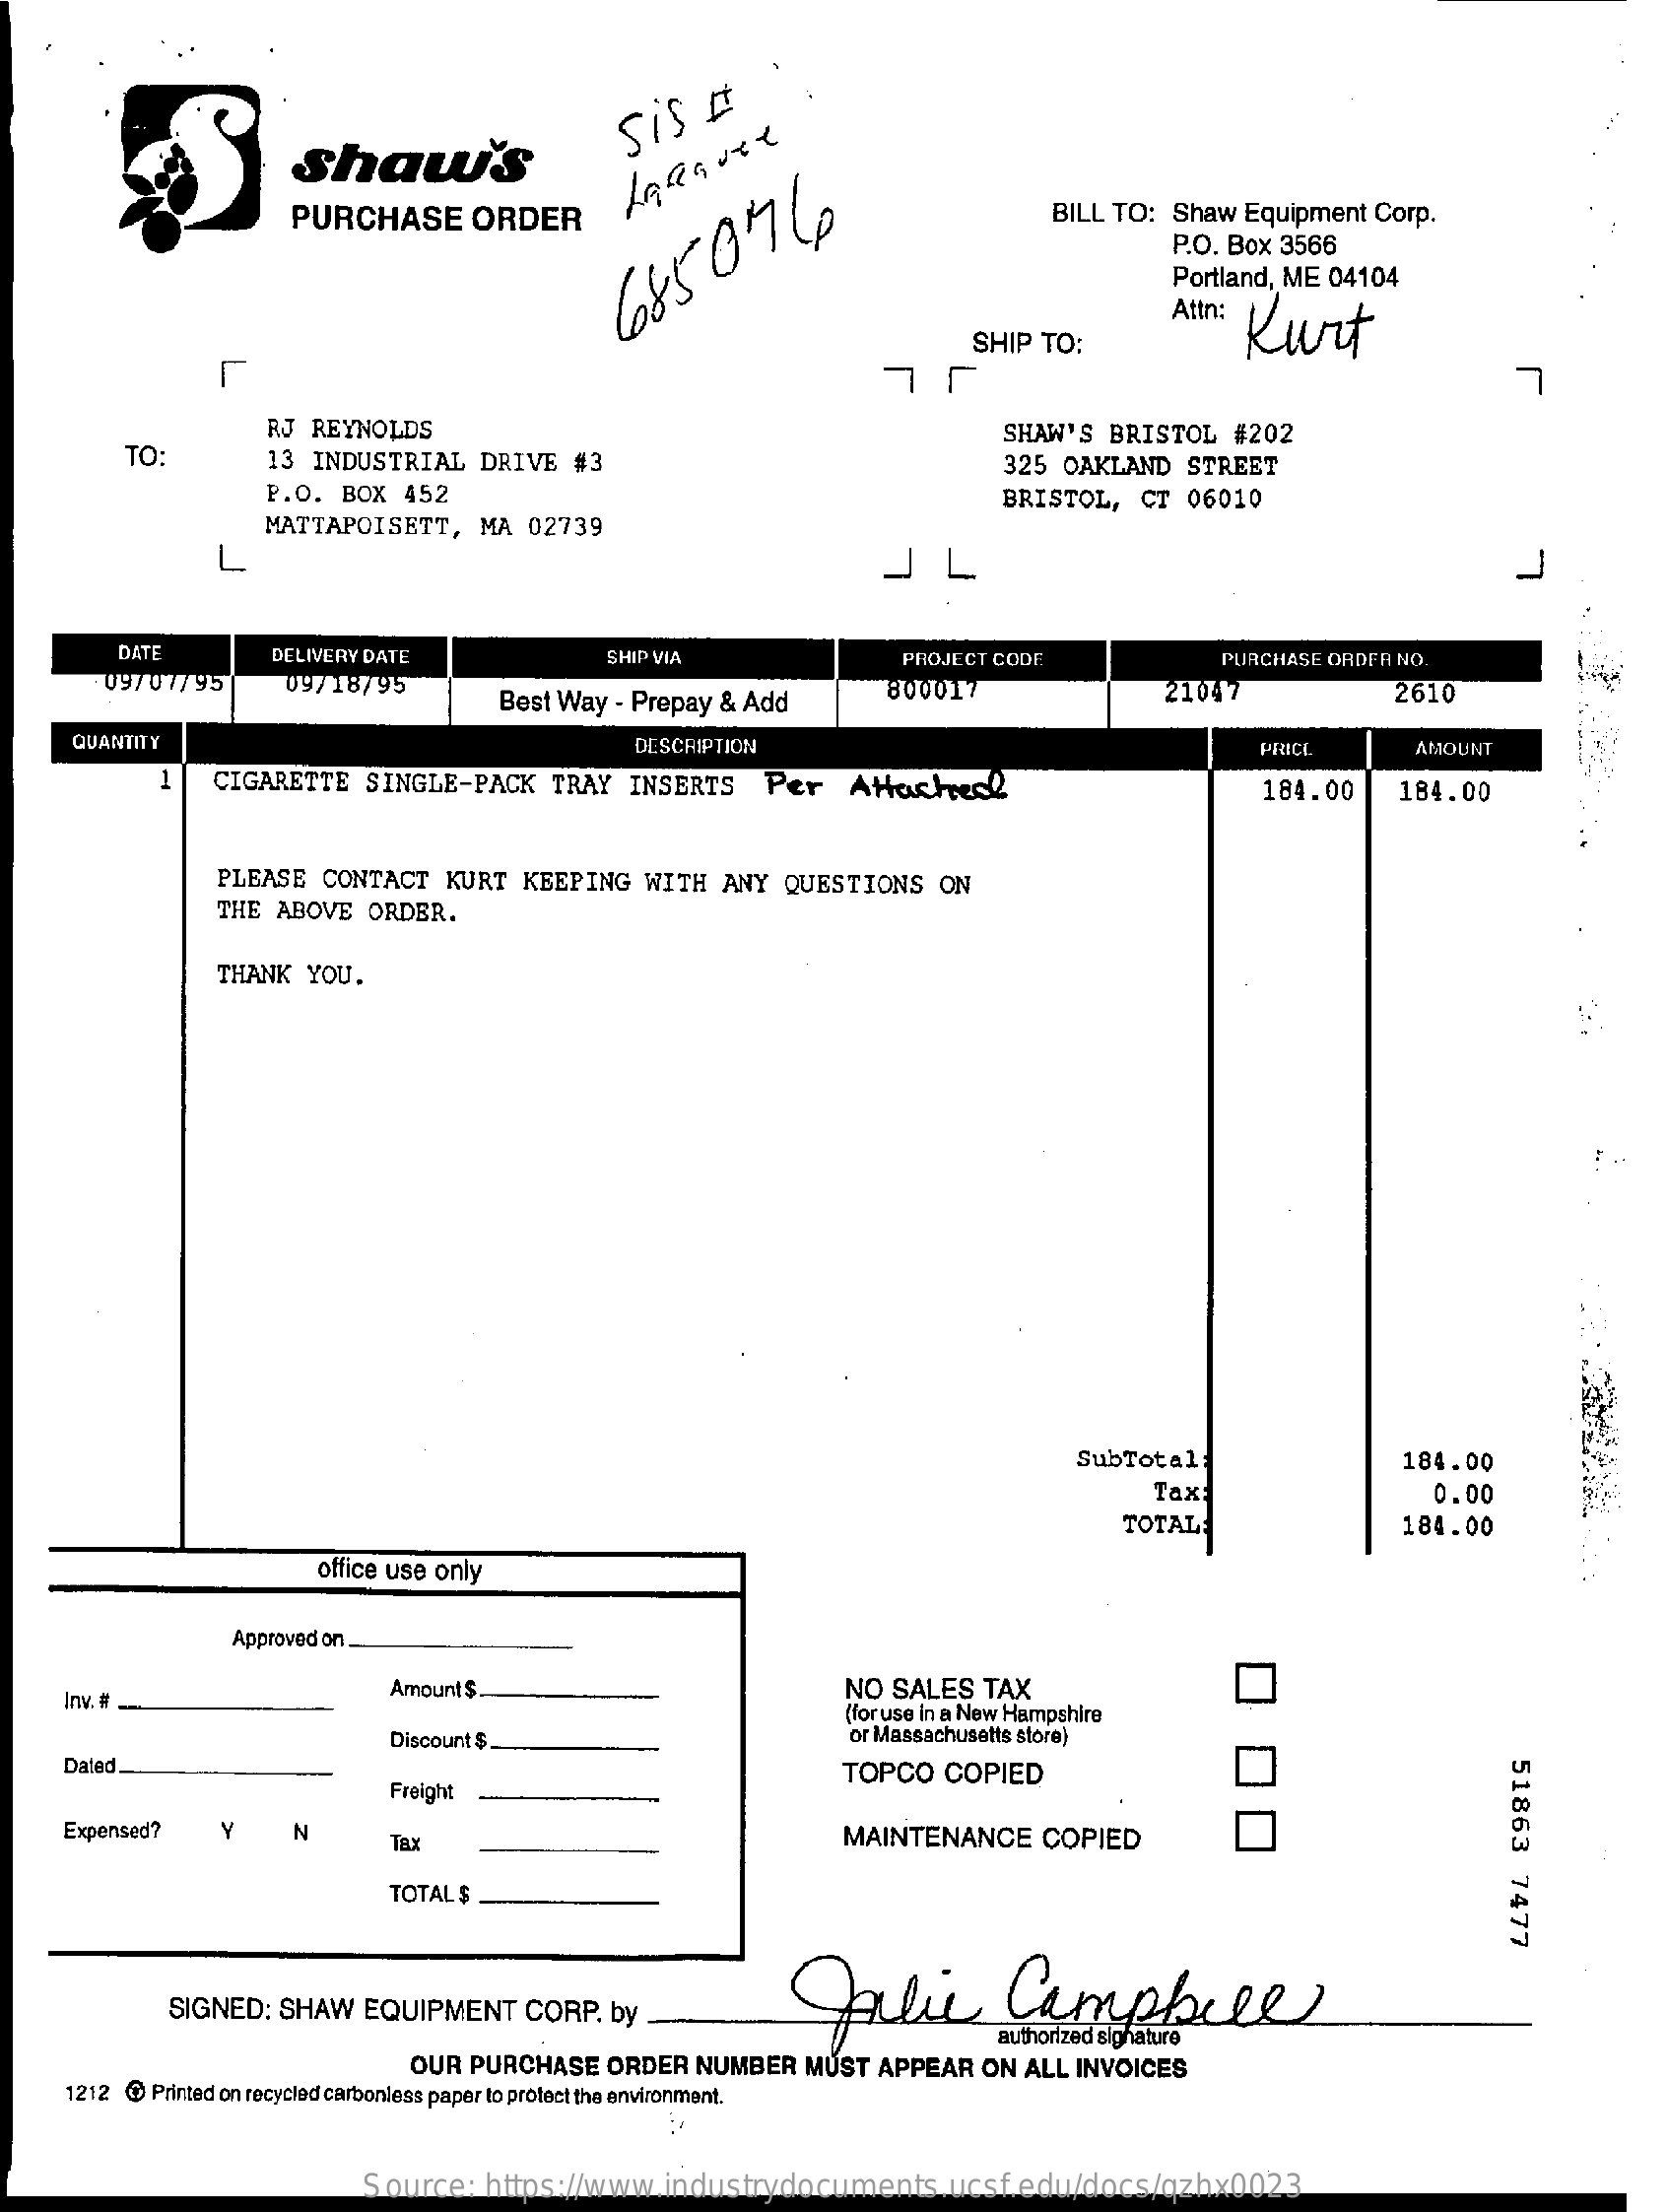
Shaus
     Sis    #
     PURCHASE    ORDER    BILL  TO:  Shaw   Equipment   Corp.
     P.O. Box  3566
     65507
     4
     Portland, ME  04104
     Attn: Kurt
     SHIP  TO:
     RJ REYNOLDS    SHAW'S  BRISTOL    #202
     TO:    13  INDUSTRIAL    DRIVE    #3    325  OAKLAND    STREET
     P.O.  BOX   452    BRISTOL,    CT  06010
     MATTAPOISETT,    MA  02739
     L    JL
     DATE    DELIVERY DATE    SHIP VIA    PROJECT CODE    PURCHASE  ORDER NO.
     09707795    09/18/95
     Best Way  - Prepay  & Add    800017    21047    2610
     QUANTITY    DESCRIPTION    PEUCL    AMOUNT
     1    CIGARETTE    SINGLE-PACK    TRAY   INSERTS    Per    Attachede    184.00    184.00
     PLEASE   CONTACT    KURT   KEEPING    WITH   ANY   QUESTIONS    ON
     THE  ABOVE    ORDER.
     THANK   YOU.
     SubTotal:    184.00
     Tax:    0.00
     TOTALE    184.00
     office use only
     Approved on
     Inv. #
     Amount $    NO   SALES   TAX
     (for use in a New Hampshire
     Discount $    or Massachusetts store)
     51863
     7477
     Dated.
     Freight
     TOPCO    COPIED
     Expensed?    Y    N
     Tax    MAINTENANCE    COPIED
     TOTAL $
     Ali    Campbell SIGNED: SHAW EQUIPMENT CORP. by
     OUR  PURCHASE    ORDER   NUMBER    MUST  APPEAR    ON  ALL INVOICES
     1212 @  Printed on recycled carbonless paper to protect the environment.
     Source:    https://www.industrydocuments.ucsf.edu/docs/qzhx0023